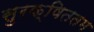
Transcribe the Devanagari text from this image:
सुरक्षिततम